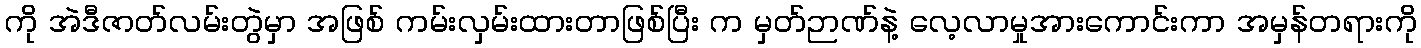
ကို အဲဒီဇာတ်လမ်းတွဲမှာ အဖြစ် ကမ်းလှမ်းထားတာဖြစ်ပြီး က မှတ်ဉာဏ်နဲ့ လေ့လာမှုအားကောင်းကာ အမှန်တရားကို